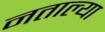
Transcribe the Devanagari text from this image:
नताल्या